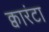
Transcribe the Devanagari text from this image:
क्वारंटा